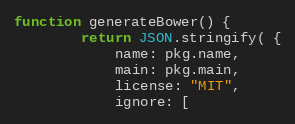
Language: JavaScript
function generateBower() {
		return JSON.stringify( {
			name: pkg.name,
			main: pkg.main,
			license: "MIT",
			ignore: [